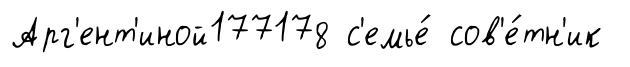
Арг'ент'иной177178 с'емье́ сов'е́тн'ик